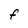
Character: F